Civil Veterinary Department. United Provinces 1923-31 - 1923-1931
Year: 1923
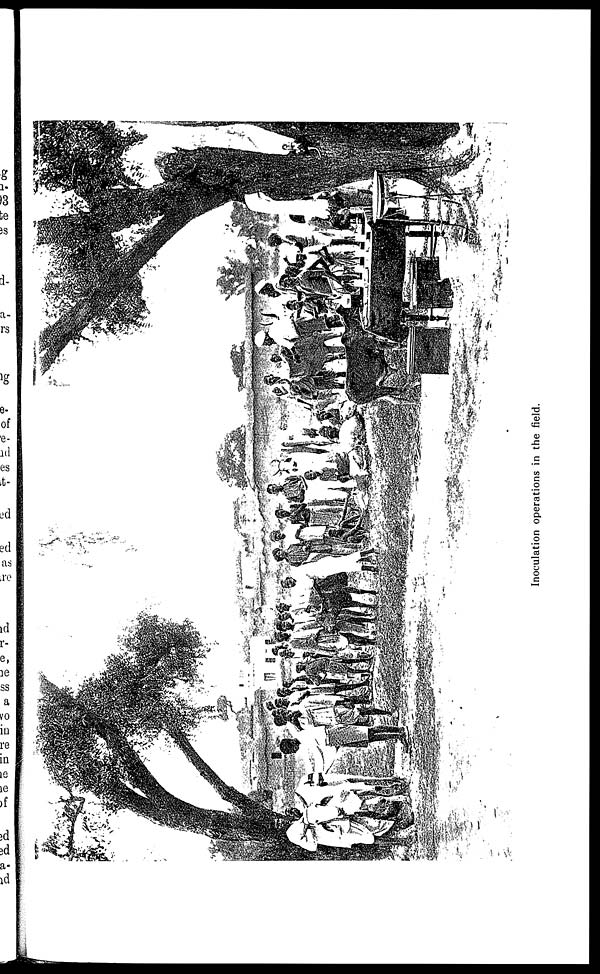
Inoculation operations in the field.